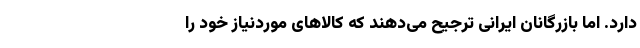
دارد. اما بازرگانان ایرانی ترجیح می‌دهند که کالاهای موردنیاز خود را